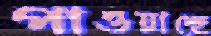
পাওয়াচ্ছে